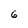
Character: 6